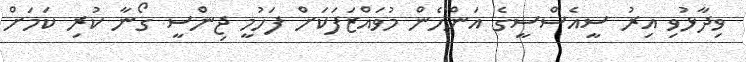
ވިދާޅުވި އިރު ސީއެސްސީގެ އަންހެން މުވައްޒަފަކަށް ފަހުމީ ޖިންސީ ގޯނާ ކުރި ކަމަށް